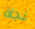
نجاة